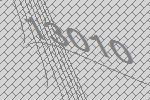
13010